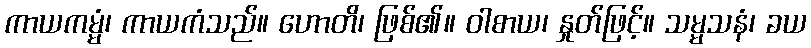
ကာယကမ္မံ၊ ကာယကံသည်။ ဟောတိ၊ ဖြစ်၏။ ဝါစာယ၊ နှုတ်ဖြင့်။ သမ္မသနံ၊ ခယ